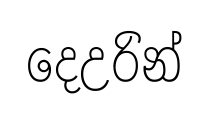
දෙඋරින්